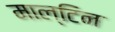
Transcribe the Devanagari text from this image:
माल्टिन